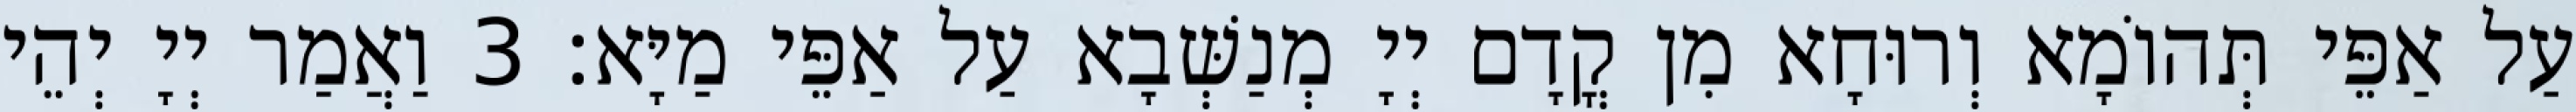
עַל אַפֵּי תְּהוֹמָא וְרוּחָא מִן קֳדָם יְיָ מְנַשְּׁבָא עַל אַפֵּי מַיָּא׃ 3 וַאֲמַר יְיָ יְהֵי